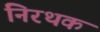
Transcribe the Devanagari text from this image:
निरथक